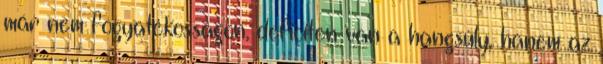
már nem fogyatékosságon, deficiten van a hangsúly, hanem az